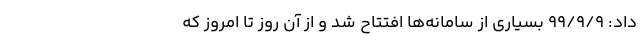
داد: ۹۹/۹/۹ بسیاری از سامانه‌ها افتتاح شد و از آن روز تا امروز که